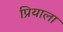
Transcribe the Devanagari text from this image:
प्रियाला